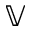
\mathbb { V }